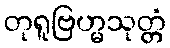
တုရူဗြဟ္မသုတ္တံ